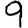
Digit: 9